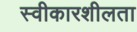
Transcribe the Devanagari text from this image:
स्वीकारशीलता